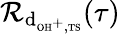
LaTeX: \mathcal{R}_{\textrm{d}_{\textrm{\scriptsize OH}^{+},\textrm{\scriptsize TS}}}(\tau)